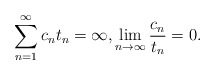
\begin{align*}\sum_{n=1}^\infty c_nt_n=\infty,\lim_{n\to\infty}\frac{c_n}{t_n}=0.\end{align*}